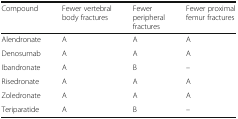
<table><thead><tr><td><b>Compound</b></td><td><b>Fewer vertebral body fractures</b></td><td><b>Fewer peripheral fractures</b></td><td><b>Fewer proximal femur fractures</b></td></tr></thead><tbody><tr><td>Alendronate</td><td>A</td><td>A</td><td>A</td></tr><tr><td>Denosumab</td><td>A</td><td>A</td><td>A</td></tr><tr><td>Ibandronate</td><td>A</td><td>B</td><td>–</td></tr><tr><td>Risedronate</td><td>A</td><td>A</td><td>A</td></tr><tr><td>Zoledronate</td><td>A</td><td>A</td><td>A</td></tr><tr><td>Teriparatide</td><td>A</td><td>B</td><td>–</td></tr></tbody></table>